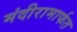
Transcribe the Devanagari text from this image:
मंदीरामार्फत